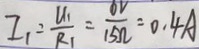
I _ { 1 } = \frac { U _ { 1 } } { R _ { 1 } } = \frac { 6 V } { 1 5 \Omega } = 0 . 4 A